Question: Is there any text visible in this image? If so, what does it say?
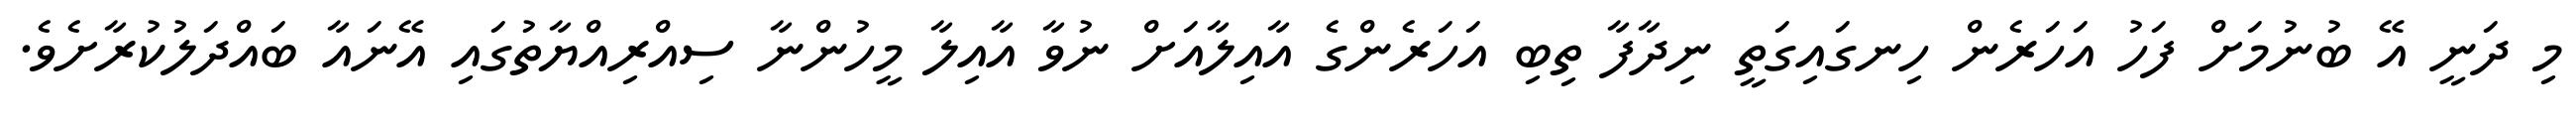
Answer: މި ދަނީ އޭ ބުނުމަށް ފަހު އަހަރެން ހިނގައިގަތީ ނިދާފާ ތިބި އަހަރެންގެ އާއިލާއަށް ނުވާ އާއިލާ މީހުންނާ ސިއްރިއްޔާތުގައި އޭނައާ ބައްދަލުކުރާށެވެ.